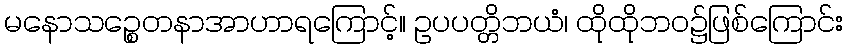
မနောသဉ္စေတနာအာဟာရကြောင့်။ ဥပပတ္တိဘယံ၊ ထိုထိုဘဝ၌ဖြစ်ကြောင်း